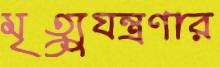
মৃত্যুযন্ত্রণার